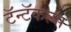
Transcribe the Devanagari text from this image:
टॅन्टॅकल्स